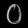
Digit: ၀